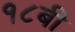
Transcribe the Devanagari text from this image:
१८बी